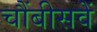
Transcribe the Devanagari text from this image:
चौंबीसवें